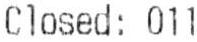
CLOSED: 011